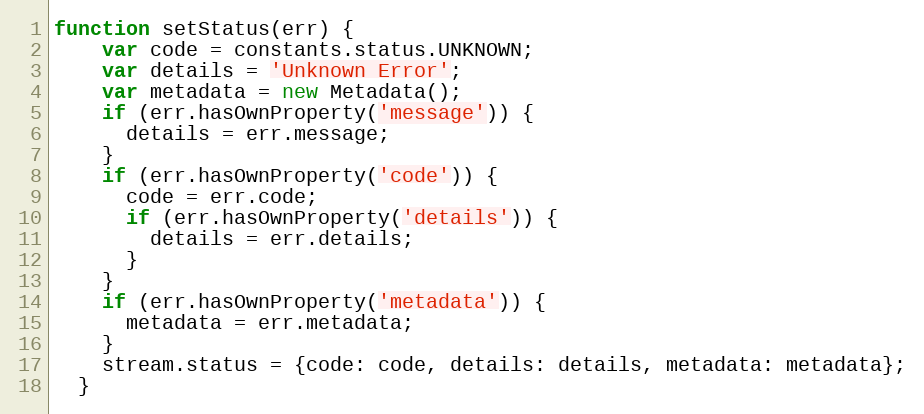
Language: JavaScript
function setStatus(err) {
    var code = constants.status.UNKNOWN;
    var details = 'Unknown Error';
    var metadata = new Metadata();
    if (err.hasOwnProperty('message')) {
      details = err.message;
    }
    if (err.hasOwnProperty('code')) {
      code = err.code;
      if (err.hasOwnProperty('details')) {
        details = err.details;
      }
    }
    if (err.hasOwnProperty('metadata')) {
      metadata = err.metadata;
    }
    stream.status = {code: code, details: details, metadata: metadata};
  }